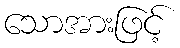
သောအားဖြင့်